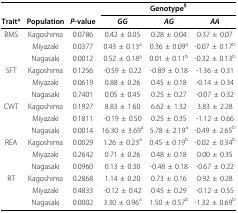
<table><thead><tr><td></td><td></td><td></td><td colspan="3"><b>Genotype<sup>§</sup></b></td></tr><tr><td><b>Trait*</b></td><td><b>Population</b></td><td><b><i>P</i>-value</b></td><td><b><i>GG</i></b></td><td><b><i>AG</i></b></td><td><b><i>AA</i></b></td></tr></thead><tbody><tr><td>BMS</td><td>Kagoshima</td><td>0.0786</td><td>0.42 ± 0.05</td><td>0.28 ± 0.04</td><td>0.37 ± 0.07</td></tr><tr><td></td><td>Miyazaki</td><td>0.0377</td><td>0.43 ± 0.13<sup>a</sup></td><td>0.36 ± 0.09<sup>a</sup></td><td>-0.07 ± 0.17<sup>b</sup></td></tr><tr><td></td><td>Nagasaki</td><td>0.0012</td><td>0.52 ± 0.18<sup>a</sup></td><td>0.01 ± 0.11<sup>b</sup></td><td>-0.32 ± 0.13<sup>b</sup></td></tr><tr><td>SFT</td><td>Kagoshima</td><td>0.1256</td><td>-0.59 ± 0.22</td><td>-0.89 ± 0.18</td><td>-1.36 ± 0.31</td></tr><tr><td></td><td>Miyazaki</td><td>0.0619</td><td>0.88 ± 0.26</td><td>0.45 ± 0.18</td><td>-0.14 ± 0.34</td></tr><tr><td></td><td>Nagasaki</td><td>0.7401</td><td>0.05 ± 0.45</td><td>0.25 ± 0.27</td><td>-0.07 ± 0.32</td></tr><tr><td>CWT</td><td>Kagoshima</td><td>0.1927</td><td>8.83 ± 1.60</td><td>6.62 ± 1.32</td><td>3.83 ± 2.28</td></tr><tr><td></td><td>Miyazaki</td><td>0.1811</td><td>-0.19 ± 0.50</td><td>0.25 ± 0.35</td><td>-1.12 ± 0.66</td></tr><tr><td></td><td>Nagasaki</td><td>0.0014</td><td>16.30 ± 3.69<sup>a</sup></td><td>5.78 ± 2.19<sup>a</sup></td><td>-0.49 ± 2.65<sup>b</sup></td></tr><tr><td>REA</td><td>Kagoshima</td><td>0.0029</td><td>1.26 ± 0.23<sup>a</sup></td><td>0.45 ± 0.19<sup>b</sup></td><td>-0.02 ± 0.34<sup>b</sup></td></tr><tr><td></td><td>Miyazaki</td><td>0.2642</td><td>0.71 ± 0.26</td><td>0.48 ± 0.18</td><td>0.00 ± 0.35</td></tr><tr><td></td><td>Nagasaki</td><td>0.0960</td><td>0.13 ± 0.30</td><td>-0.48 ± 0.18</td><td>-0.67 ± 0.22</td></tr><tr><td>RT</td><td>Kagoshima</td><td>0.2868</td><td>1.14 ± 0.20</td><td>0.73 ± 0.16</td><td>0.92 ± 0.28</td></tr><tr><td></td><td>Miyazaki</td><td>0.4833</td><td>-0.12 ± 0.42</td><td>0.45 ± 0.29</td><td>-0.12 ± 0.55</td></tr><tr><td></td><td>Nagasaki</td><td>0.0002</td><td>3.30 ± 0.96<sup>a</sup></td><td>1.50 ± 0.57<sup>b</sup></td><td>-1.32 ± 0.69<sup>b</sup></td></tr></tbody></table>